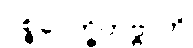
ပစ္စဝေက္ခိတဗ္ဗာတိ